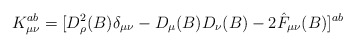
\begin{align*}K^{ab}_{\mu\nu} = [D^2_{\rho} (B) \delta_{\mu\nu} -D_{\mu} (B) D_{\nu} (B) - 2 \hat{F}_{\mu\nu} (B)]^{ab}\end{align*}